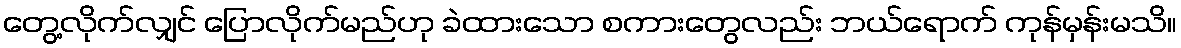
တွေ့လိုက်လျှင် ပြောလိုက်မည်ဟု ခဲထားသော စကားတွေလည်း ဘယ်ရောက် ကုန်မှန်းမသိ။